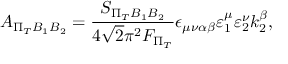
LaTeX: A _ { \Pi _ { T } B _ { 1 } B _ { 2 } } = \frac { S _ { \Pi _ { T } B _ { 1 } B _ { 2 } } } { 4 \sqrt { 2 } \pi ^ { 2 } F _ { \Pi _ { T } } } \epsilon _ { \mu \nu \alpha \beta } \varepsilon _ { 1 } ^ { \mu } \varepsilon _ { 2 } ^ { \nu } k _ { 2 } ^ { \beta } ,